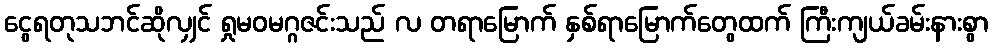
ငွေရတုသဘင်ဆိုလျှင် ရှုမဝမဂ္ဂဇင်းသည် လ တရာမြောက် နှစ်ရာမြောက်တွေထက် ကြီးကျယ်ခမ်းနားစွာ